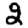
Digit: 2